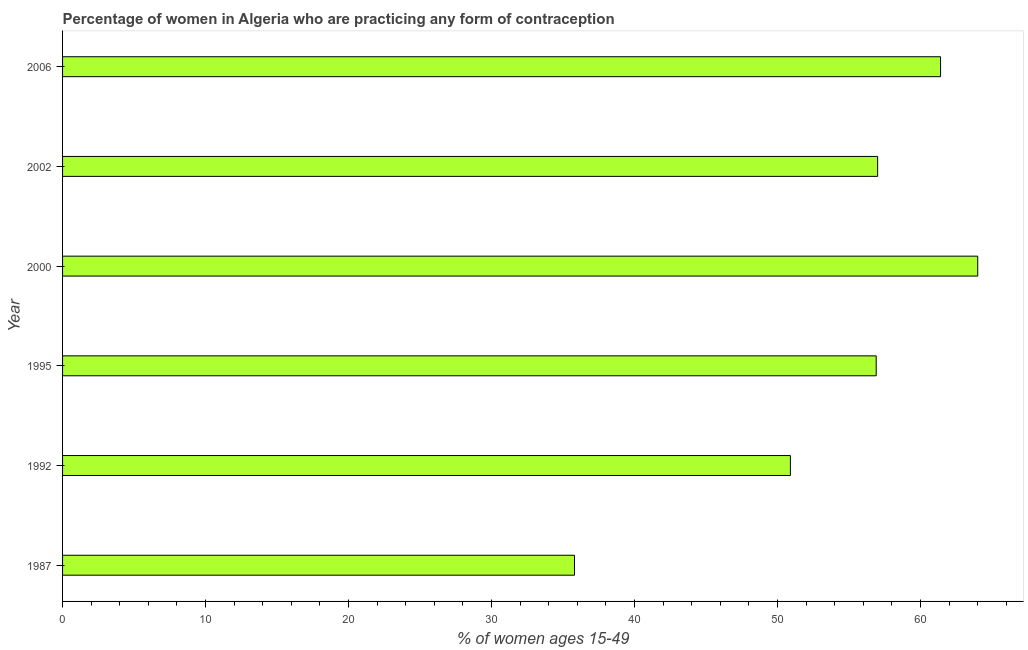
| Year | Contraceptive prevalence |
 | --- | --- |
 | 1987 | 35.8 |
 | 1992 | 50.9 |
 | 1995 | 56.9 |
 | 2000 | 64 |
 | 2002 | 57 |
 | 2006 | 61.4 |